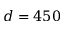
d = 4 5 0